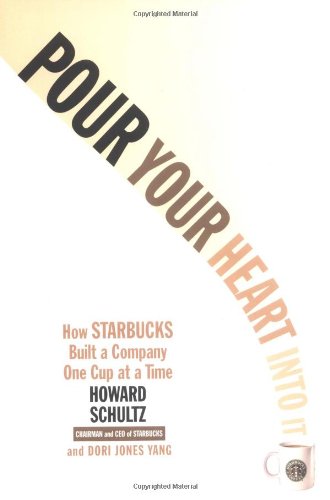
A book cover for Pour Your Heart Into It: How Starbucks Built a Company One Cup at a Time; Howard Schultz; Cookbooks, Food & Wine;